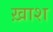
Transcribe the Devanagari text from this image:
ख़ाश